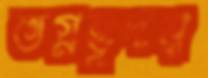
ভগ্নহূদয়